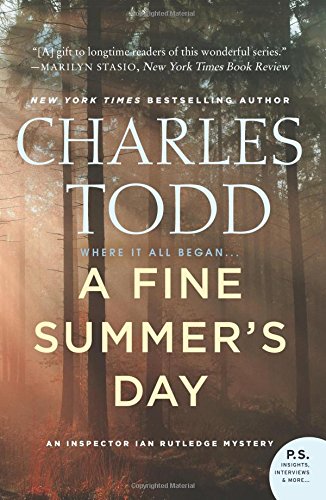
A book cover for A Fine Summer's Day: An Inspector Ian Rutledge Mystery (Inspector Ian Rutledge Mysteries); Charles Todd; Mystery, Thriller & Suspense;